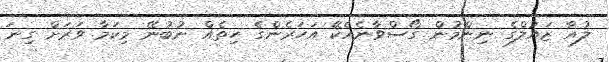
ލުއާ ޒައުލްގެ ނިންމުން ގޯސްވާނެއެކޭ އަހަރެންގެ ހިތެއް ނުބުނޭ މިކަމާ ވަރަށް ގިނަ